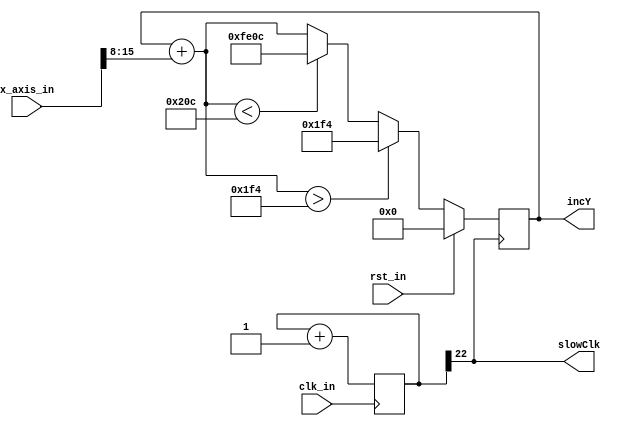
module getCoords(
	input													clk_in,  
	input													rst_in,
	input 			signed	[15:0] 				x_axis_in, 
	output	reg 	signed	[P_COUNT_W-1:0] 	incY,
	output												slowClk
    );

	parameter  P_COUNT_W = 16; 

	reg [22:0] counter;
	always @ (posedge clk_in) begin
		counter <= counter + 1'b1;
	end
	assign slowClk = counter[22];
	
	// Gives 1.5Hz 
	always @ (posedge slowClk) begin
		if (rst_in) begin
			incY = 0; 
		end 
			else begin
			incY = incY + ($signed(x_axis_in[P_COUNT_W-1:0]) >>> 8); //2's complement shifter problem, use >>> is signed shift
			if (incY > 500) begin
				incY = 500; 
			end else if (incY < -500) begin
				incY = -500; 
			end
		end
	end

endmodule